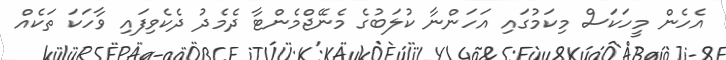
އެހެން މީހަކަސް މިކަމުގައި އަހަންނާ ކުލަބުގެ މެނޭޖްމެންޓާ ދެމެދު ދެކެވިފައި ވާހަކަ ތަކެއް